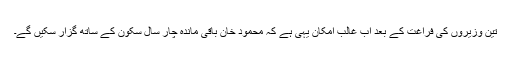
تین وزیروں کی فراغت کے بعد اب غالب امکان یہی ہے کہ محمود خان باقی ماندہ چار سال سکون کے ساتھ گزار سکیں گے۔